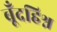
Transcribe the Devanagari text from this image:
बूँदहिश्न